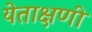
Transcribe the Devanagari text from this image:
येताक्षणी